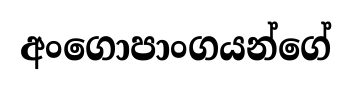
අංගොපාංගයන්ගේ